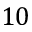
1 0